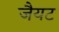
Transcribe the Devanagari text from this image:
जैयट